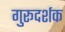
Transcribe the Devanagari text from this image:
गुरूदर्शक